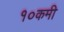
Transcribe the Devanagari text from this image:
१०कमी